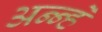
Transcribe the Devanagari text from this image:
अन्न्हे